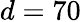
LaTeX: d=70